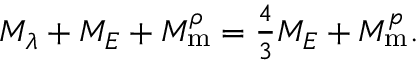
\begin{array} { r } { M _ { \lambda } + M _ { E } + M _ { \mathrm { m } } ^ { \rho } = \frac { 4 } { 3 } M _ { E } + M _ { \mathrm { m } } ^ { p } . } \end{array}